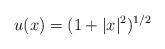
LaTeX: \begin{align*}u(x) = (1+|x|^2)^{1/2}\end{align*}